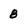
Character: 8